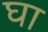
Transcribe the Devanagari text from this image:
घा